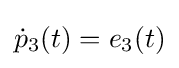
{\textstyle {\dot {p}}_{3}(t)=e_{3}(t)}